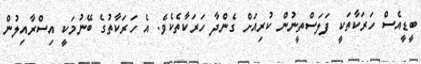
ބީޑީއެސް ހަރަކާތަކީ ފަލަސްތީނުން ކުރިއަށް ގެންދާ ހަރަކާތެކެވެ. އެ ހަރަކާތުގެ ބޭނުމަކީ އިސްރާއިލުން